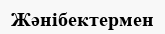
Жәнібектермен